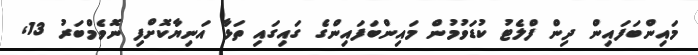
މައިންބަފައިން ދިން ފްލެޓު ކުޑަވުމުން މައިންބަފައިންގެ ގައިގައި ތަޅާ އަނިޔާކޮށްފި ނޮވެމްބަރު 13